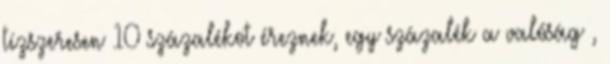
tízszeresen 10 százalékot éreznek, egy százalék a valóság ,